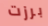
برزت